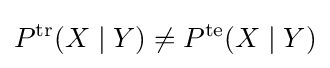
P^{\text{tr}}(X\mid Y)\neq P^{\text{te}}(X\mid Y)